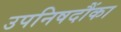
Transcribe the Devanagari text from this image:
उपनिषदौंका